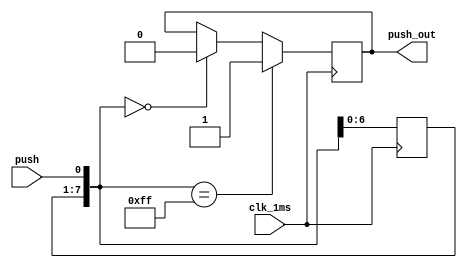
`timescale 1ns / 1ps
//////////////////////////////////////////////////////////////////////////////////
// Company: 
// Engineer: 
// 
// Design Name: 
// Module Name:    key_switch 
// Project Name: 
// Target Devices: 
// Tool versions: 
// Description: 
//
// Dependencies: 
//
// Revision: 
// Revision 0.01 - File Created
// Additional Comments: 
//
//////////////////////////////////////////////////////////////////////////////////
module key_switch(clk_1ms,push,push_out);

		parameter COUNTER=26;
		input clk_1ms;
		input push;
		output reg push_out;
		
		reg [7:0] pbshift;
		always@(posedge clk_1ms)begin
			pbshift=pbshift<<1;
			pbshift[0]=push;
			if(pbshift==0)
				push_out=0;
			if(pbshift==8'hFF)
				push_out=1;
		end

endmodule